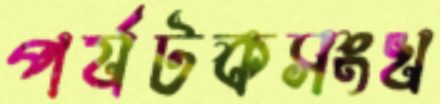
পর্যটকসংখ